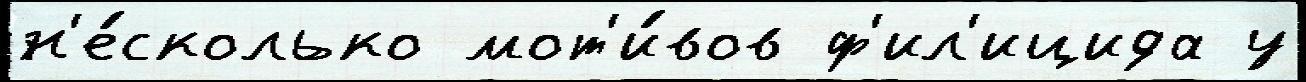
н'е́сколько мот'и́вов ф'ил'ицида у